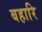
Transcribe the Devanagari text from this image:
बहारि